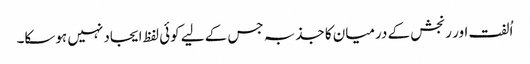
اُلفت اور رنجش کے درمیان کا جذبہ جس کے لیے کوئی لفظ ایجاد نہیں ہوسکا۔